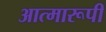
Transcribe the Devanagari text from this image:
आत्मारूपी